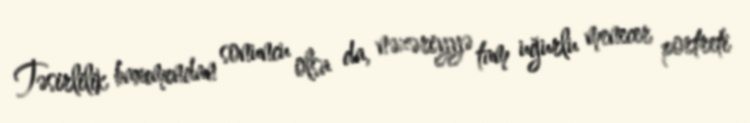
Təsirlilik baxımından sonuncu olsa da, nəzəriyyə tam uğurlu menecer portreti